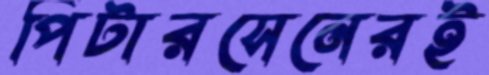
পিটারসেনেরই